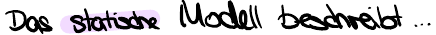
das statische Modell beschreibt...